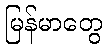
မြန်မာတွေ